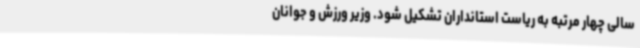
سالی چهار مرتبه به ریاست استانداران تشکیل شود. وزیر ورزش و جوانان